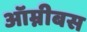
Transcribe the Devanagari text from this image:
ऑम्नीबस